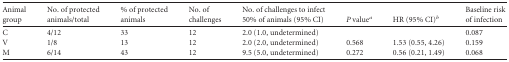
<table><thead><tr><td><b>Animal group</b></td><td><b>No. of protected animals/total</b></td><td><b>% of protected animals</b></td><td><b>No. of challenges</b></td><td><b>No. of challenges to infect 50% of animals (95% CI)</b></td><td><b><i>P</i> value<sup><i>a</i></sup></b></td><td><b>HR (95% CI)<sup><i>b</i></sup></b></td><td><b>Baseline risk of infection</b></td></tr></thead><tbody><tr><td>C</td><td>4/12</td><td>33</td><td>12</td><td>2.0 (1.0, undetermined)</td><td></td><td></td><td>0.087</td></tr><tr><td>V</td><td>1/8</td><td>13</td><td>12</td><td>2.0 (2.0, undetermined)</td><td>0.568</td><td>1.53 (0.55, 4.26)</td><td>0.159</td></tr><tr><td>M</td><td>6/14</td><td>43</td><td>12</td><td>9.5 (5.0, undetermined)</td><td>0.272</td><td>0.56 (0.21, 1.49)</td><td>0.068</td></tr></tbody></table>